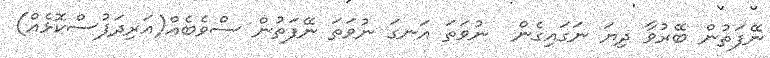
ނޭފަތުން ބޭރުވާ ދިޔަ ނަގައިގެން  ނުވަތަ އަނގަ ނުވަތަ ނޭފަތުން ސްވެބެއް(އަރިދަފުސްކޮޅެއް)